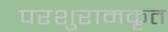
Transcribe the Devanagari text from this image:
परशुरामकृत